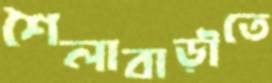
শৈলাবাড়ীতে